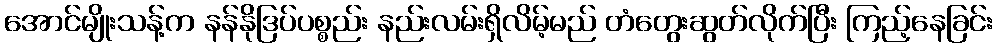
အောင်မျိုးသန့်က နန်နိုဒြပ်ပစ္စည်း နည်းလမ်းရှိလိမ့်မည် တံတွေးဆွတ်လိုက်ပြီး ကြည့်နေခြင်း